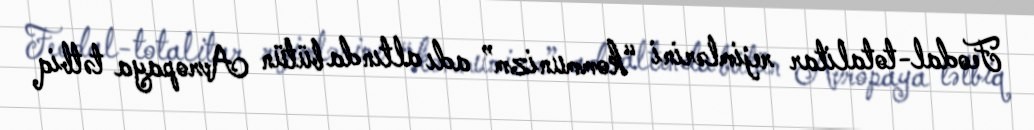
Feodal-totalitar rejimlərini “kommunizm” adı altında bütün Avropaya tətbiq